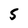
Character: 5